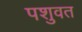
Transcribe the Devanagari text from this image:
पशुवत